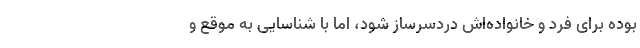
بوده برای فرد و خانواده‌اش دردسرساز شود، اما با شناسایی به موقع و